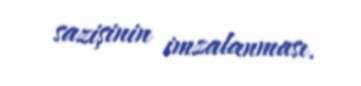
sazişinin imzalanması.